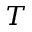
T